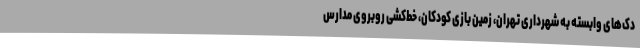
دک‌های وابسته به شهرداری تهران، زمین بازی کودکان، خط‌کشی روبروی مدارس